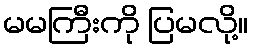
မမကြီးကို ပြမလို့။